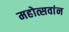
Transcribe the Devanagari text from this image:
महोत्सवांन